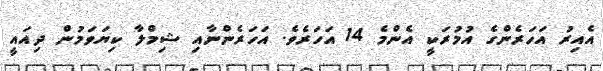
އެއިރު އަހަރެންގެ އުމުރަކީ އެންމެ 14 އަހަރެވެ. އަހަރެންނާއި ޝިމްލާ ކިޔަވަމުން ދިއައީ